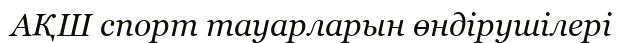
АҚШ спорт тауарларын өндірушілері